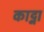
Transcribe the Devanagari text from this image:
काट्ना